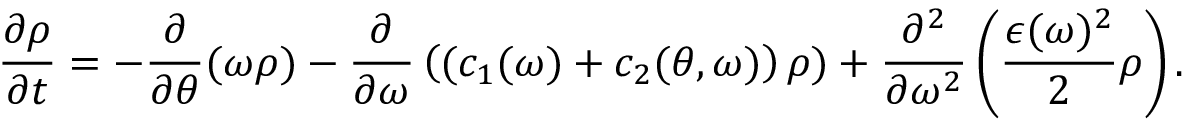
\frac { \partial \rho } { \partial t } = - \frac { \partial } { \partial \theta } ( \omega \rho ) - \frac { \partial } { \partial \omega } \left( ( c _ { 1 } ( \omega ) + c _ { 2 } ( \theta , \omega ) \right) \rho ) + \frac { \partial ^ { 2 } } { \partial \omega ^ { 2 } } \left( \frac { \epsilon ( \omega ) ^ { 2 } } { 2 } \rho \right) .